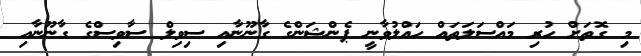
މި ގޮތަށް ހުރި މައްސަލަތައް ހައްލުވާނީ ޕެންޝަންގެ ގާނޫނާއި ސިވިލް ސާވިސްގެ ގާނޫނާއި